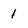
Character: 1